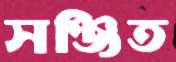
সঞ্জিত